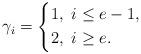
LaTeX: \begin{align*} \gamma_i= \left\{ \begin{aligned} &1,~ i\leq e-1,\\ &2,~ i\geq e. \end{aligned} \right.\end{align*}